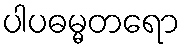
ပါပဓမ္မတရော